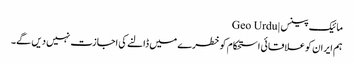
مائیک پینس | Geo Urdu
ہم ایران کو علاقائی استحکام کو خطرے میں ڈالنے کی اجازت نہیں دیں گے۔